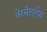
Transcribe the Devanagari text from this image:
वेरसैललेस